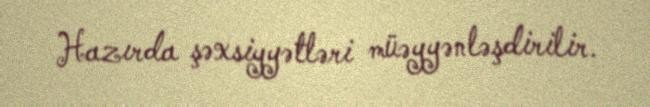
Hazırda şəxsiyyətləri müəyyənləşdirilir.